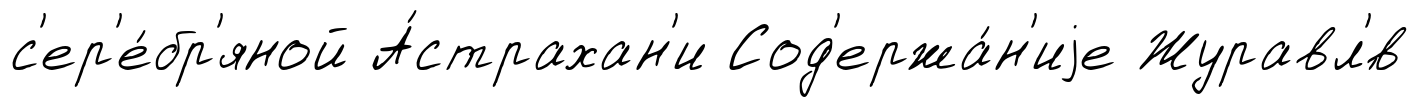
с'ер'е́бр'яной А́страхан'и Сод'ержа́н'иjе Журавл'́в